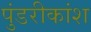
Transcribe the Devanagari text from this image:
पुंडरीकांश